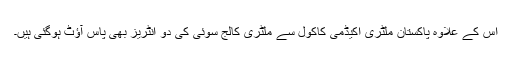
اس کے علاوہ پاکستان ملٹری اکیڈمی کاکول سے ملٹری کالج سوئی کی دو انٹریز بھی پاس آؤٹ ہوگئی ہیں۔